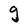
Character: g